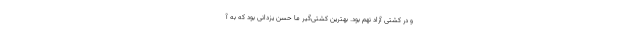
و در کشتی آزاد نهم بود. بهترین کشتی‌گیر ما حسن یزدانی بود که به آ